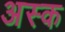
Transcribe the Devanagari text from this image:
अस्क